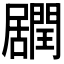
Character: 𨶽